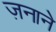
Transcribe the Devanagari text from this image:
ज़नाने